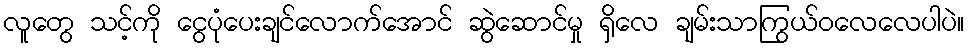
လူတွေ သင့်ကို ငွေပုံပေးချင်လောက်အောင် ဆွဲဆောင်မှု ရှိလေ ချမ်းသာကြွယ်ဝလေလေပါပဲ။